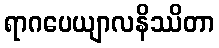
ရာဂပေယျာလနိဿိတာ